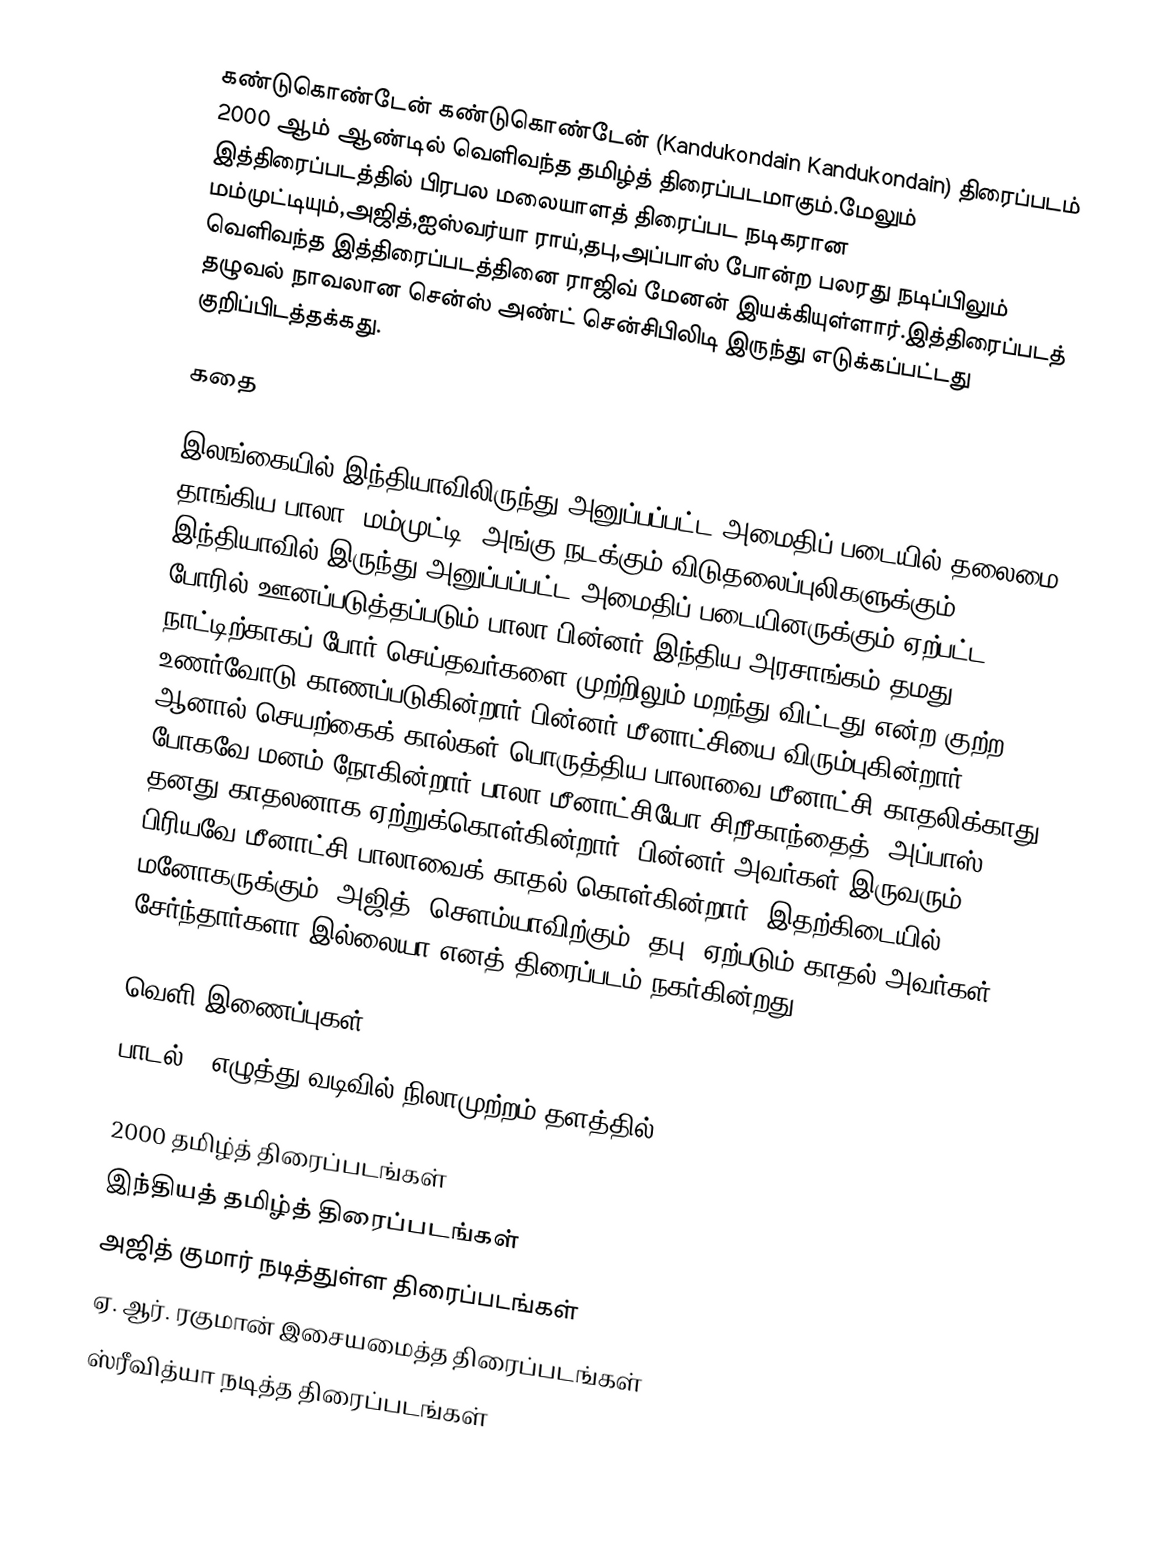
கண்டுகொண்டேன் கண்டுகொண்டேன் (Kandukondain Kandukondain) திரைப்படம் 2000 ஆம் ஆண்டில் வெளிவந்த தமிழ்த் திரைப்படமாகும்.மேலும் இத்திரைப்படத்தில் பிரபல மலையாளத் திரைப்பட நடிகரான மம்முட்டியும்,அஜித்,ஐஸ்வர்யா ராய்,தபு,அப்பாஸ் போன்ற பலரது நடிப்பிலும் வெளிவந்த இத்திரைப்படத்தினை ராஜிவ் மேனன் இயக்கியுள்ளார்.இத்திரைப்படத் தழுவல் நாவலான  சென்ஸ் அண்ட் சென்சிபிலிடி இருந்து எடுக்கப்பட்டது குறிப்பிடத்தக்கது.

கதை

இலங்கையில் இந்தியாவிலிருந்து அனுப்பப்பட்ட அமைதிப் படையில் தலைமை தாங்கிய பாலா (மம்முட்டி) அங்கு நடக்கும் விடுதலைப்புலிகளுக்கும் இந்தியாவில் இருந்து அனுப்பப்பட்ட அமைதிப் படையினருக்கும் ஏற்பட்ட போரில் ஊனப்படுத்தப்படும் பாலா பின்னர் இந்திய அரசாங்கம் தமது நாட்டிற்காகப் போர் செய்தவர்களை முற்றிலும் மறந்து விட்டது என்ற குற்ற உணர்வோடு காணப்படுகின்றார்.பின்னர் மீனாட்சியை விரும்புகின்றார். ஆனால் செயற்கைக் கால்கள் பொருத்திய பாலாவை மீனாட்சி காதலிக்காது போகவே மனம் நோகின்றார் பாலா.மீனாட்சியோ சிறீகாந்தைத் (அப்பாஸ்) தனது காதலனாக ஏற்றுக்கொள்கின்றார். பின்னர் அவர்கள் இருவரும் பிரியவே மீனாட்சி பாலாவைக் காதல் கொள்கின்றார். இதற்கிடையில் மனோகருக்கும் (அஜித்) சௌம்யாவிற்கும் (தபு) ஏற்படும் காதல் அவர்கள் சேர்ந்தார்களா இல்லையா எனத் திரைப்படம் நகர்கின்றது.

வெளி இணைப்புகள்
 பாடல் - எழுத்து வடிவில் நிலாமுற்றம் தளத்தில்

2000 தமிழ்த் திரைப்படங்கள்
இந்தியத் தமிழ்த் திரைப்படங்கள்
அஜித் குமார் நடித்துள்ள திரைப்படங்கள்
ஏ. ஆர். ரகுமான் இசையமைத்த திரைப்படங்கள்
ஸ்ரீவித்யா நடித்த திரைப்படங்கள்